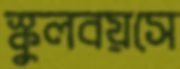
স্কুলবয়সে